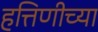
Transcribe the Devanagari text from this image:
हत्तिणीच्या